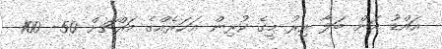
އައްޑު އަށް ބަލާ އިރު މީގެ ކުރިން އަހަރެއްގެ މައްޗަށް 50- 100